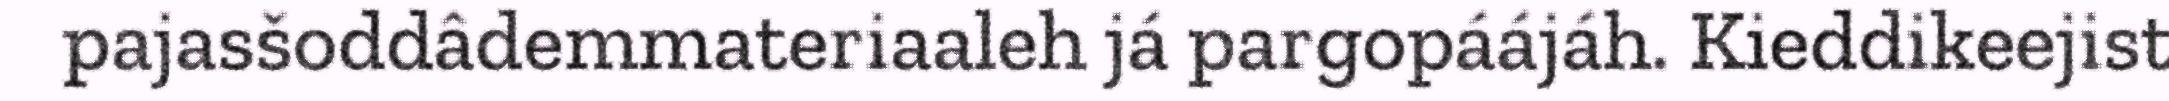
pajasšoddâdemmateriaaleh já pargopáájáh. Kieddikeejist